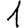
Digit: 1